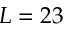
L = 2 3